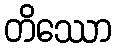
တိဿော